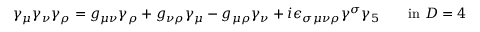
\gamma _ { \mu } \gamma _ { \nu } \gamma _ { \rho } = g _ { \mu \nu } \gamma _ { \rho } + g _ { \nu \rho } \gamma _ { \mu } - g _ { \mu \rho } \gamma _ { \nu } + i \epsilon _ { \sigma \mu \nu \rho } \gamma ^ { \sigma } \gamma _ { 5 } \qquad \mathrm { i n ~ } D = 4